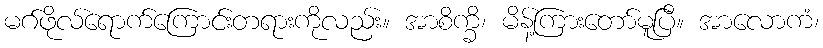
မဂ်ဖိုလ်ရောက်ကြောင်းတရားကိုလည်း။ အာစိက္ခိ၊ မိန့်ကြားတော်မူပြီ။ အာလောကံ၊